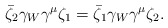
\begin{align*}\bar{\zeta}_2 \gamma_W \gamma^\mu \zeta_1 = \bar{\zeta}_1 \gamma_W \gamma^\mu\zeta_2.\end{align*}